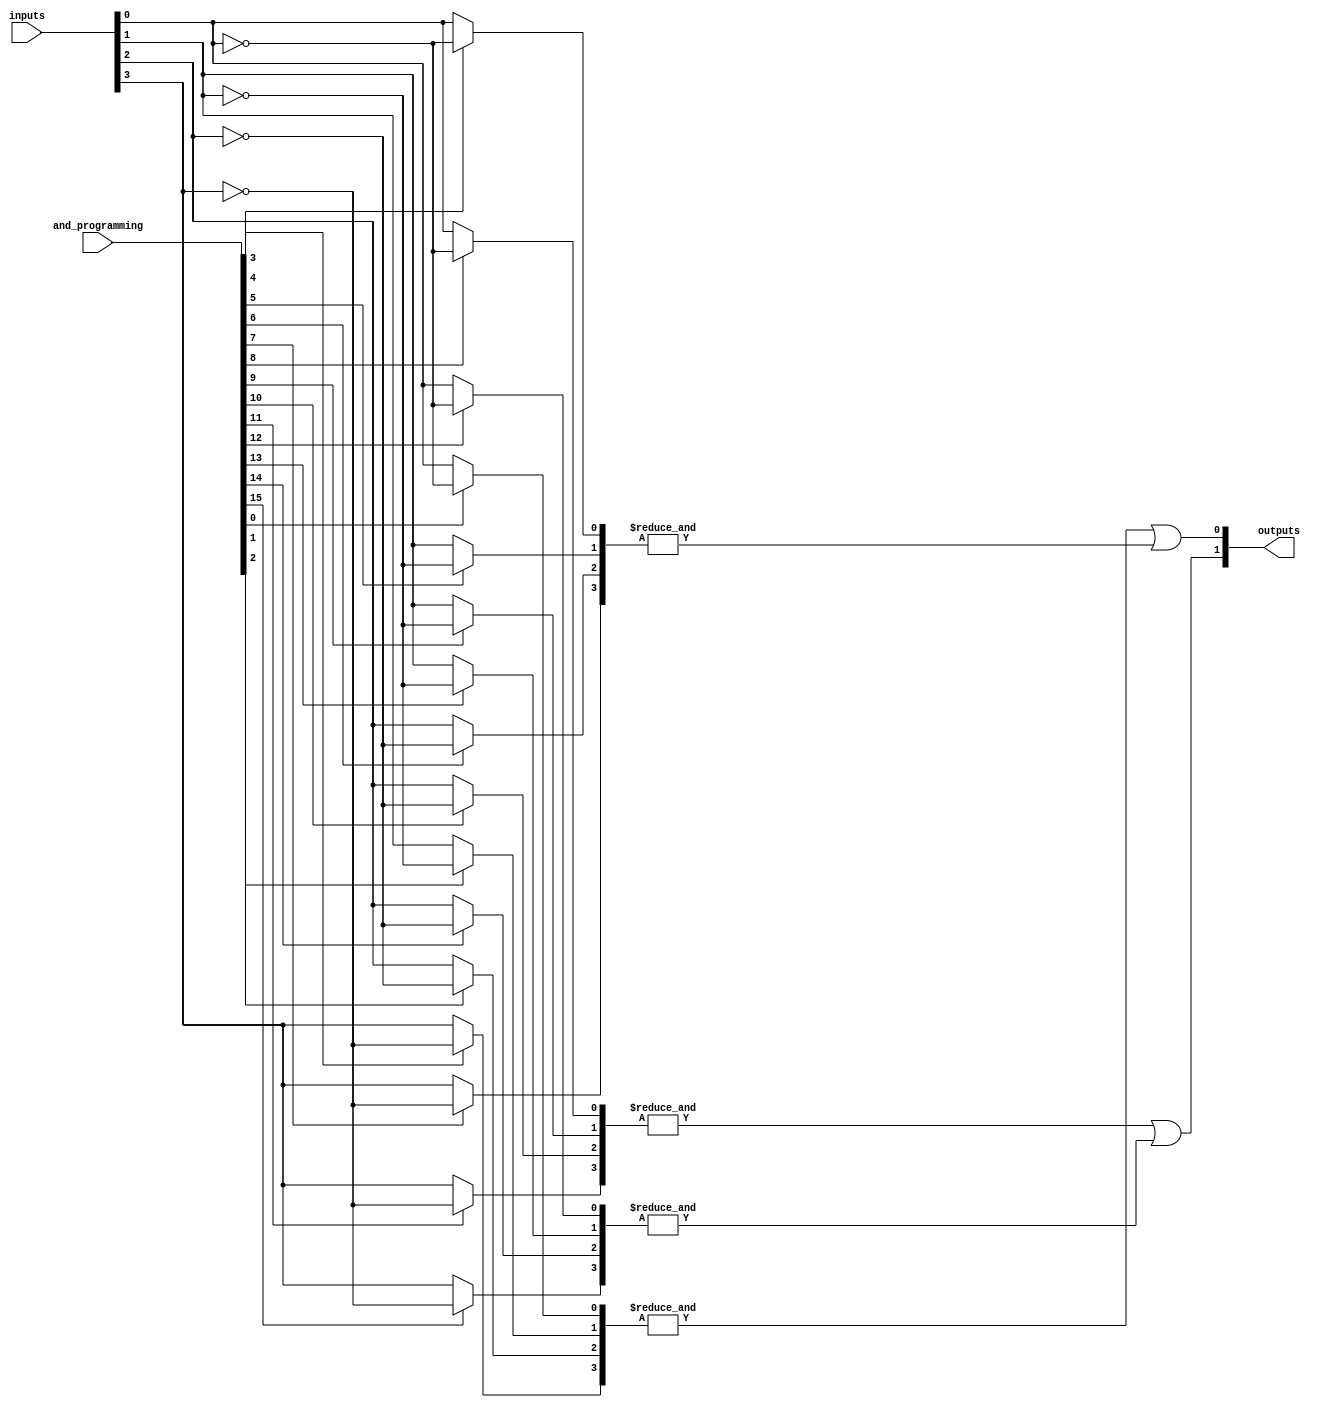
module GPAL #(
    parameter N = 4, // Number of inputs
    parameter M = 2, // Number of outputs
    parameter K = 4  // Number of AND gates
)(
    input wire [N-1:0] inputs,           // Input signals
    input wire [K*N-1:0] and_programming, // Programming for AND gates (K * N bits)
    output wire [M-1:0] outputs           // Output signals
);

// Declare the outputs of the AND gates
wire [K-1:0] and_outputs;

// Generate the programmable AND gates
genvar i, j;
generate
    for (i = 0; i < K; i = i + 1) begin : and_gate
        wire [N-1:0] and_input;
        
        // Select inputs based on programming
        for (j = 0; j < N; j = j + 1) begin : input_select
            assign and_input[j] = and_programming[i*N + j] ? ~inputs[j] : inputs[j];
        end
        
        // AND gate implementation
        assign and_outputs[i] = &and_input; // AND operation
    end
endgenerate

// Fixed OR array implementation
assign outputs[0] = and_outputs[0] | and_outputs[1]; // Example OR connections
assign outputs[1] = and_outputs[2] | and_outputs[3]; // Example OR connections

endmodule